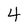
Character: 4